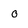
Character: o